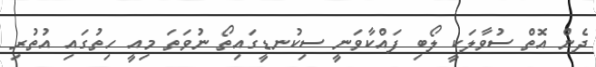
ދެން އޮތް ސުވާލަކީ ލޯބި ފައްކާވަނީ ސިކުނޑީގައިތޯ ނުވަތަ މިއީ ހިތުގައި އުތުރި